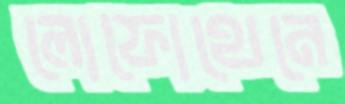
লোফোথেনে